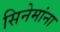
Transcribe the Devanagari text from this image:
सिनेमांना